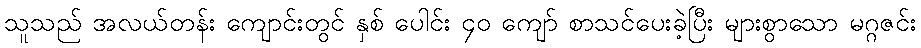
သူသည် အလယ်တန်း ကျောင်းတွင် နှစ် ပေါင်း ၄၀ ကျော် စာသင်ပေးခဲ့ပြီး များစွာသော မဂ္ဂဇင်း